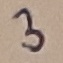
Text: 3